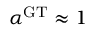
\alpha ^ { \mathrm { G T } } \approx 1